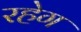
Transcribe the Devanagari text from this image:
रहेग